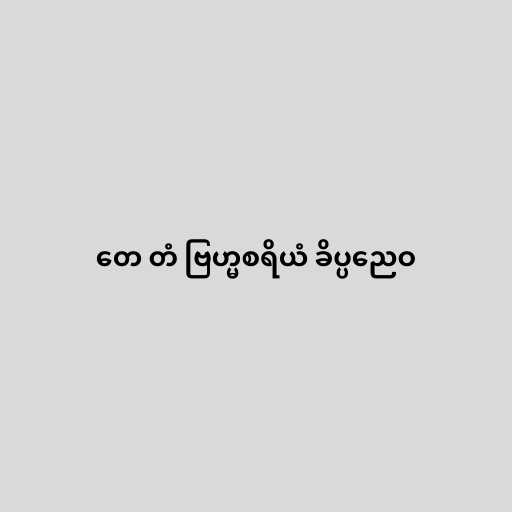
တေ တံ ဗြဟ္မစရိယံ ခိပ္ပညေဝ